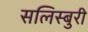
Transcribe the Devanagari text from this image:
सलिस्बुरी